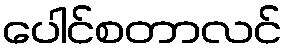
ပေါင်စတာလင်